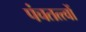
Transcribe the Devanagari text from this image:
पंचतत्त्वों